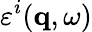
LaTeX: \varepsilon^{i}(\mathbf{q},\omega)